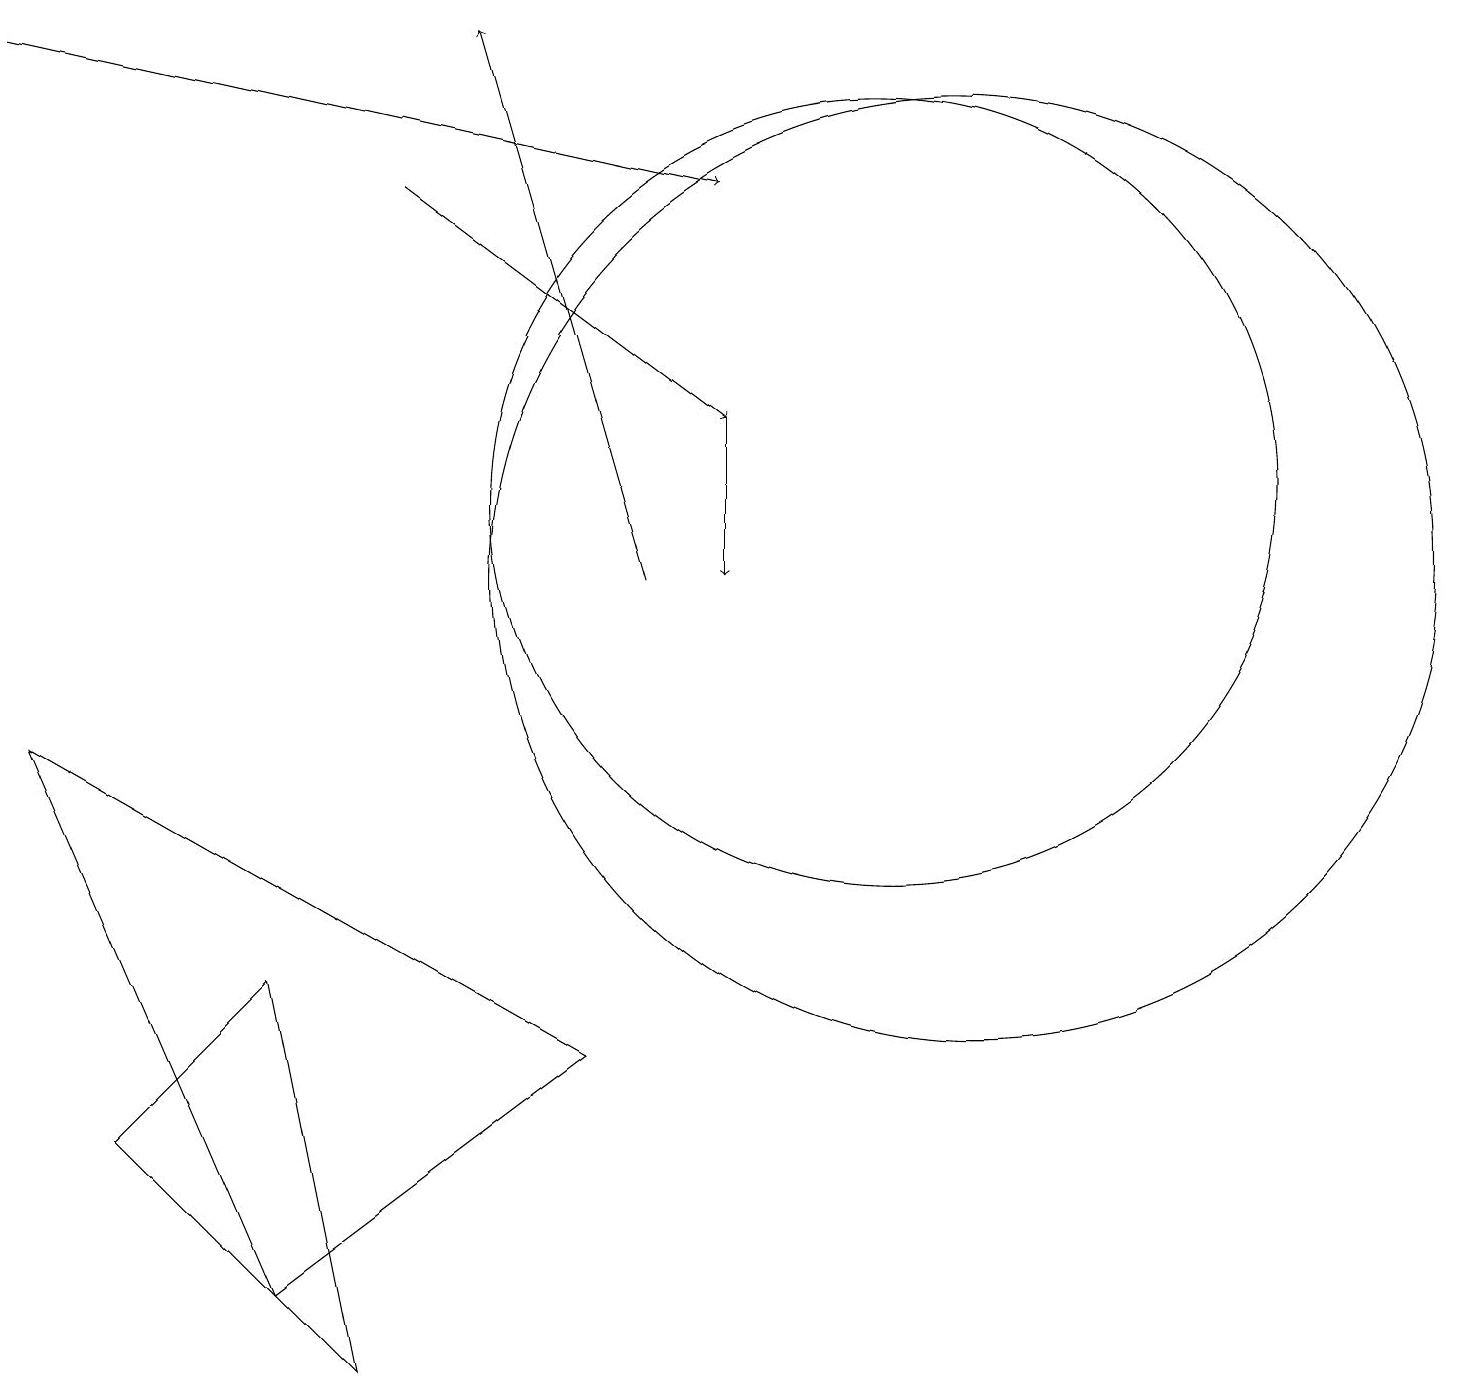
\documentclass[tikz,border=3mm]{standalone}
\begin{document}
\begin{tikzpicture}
\draw (12,10) circle (6);
\draw (11,11) circle (5);
\draw (1,3) -- (3,5) -- (4,0) -- cycle;
\draw[->] (0,17) -- (9,15);
\draw[->] (8,10) -- (6,17);
\draw[->] (9,12) -- (9,10);
\draw (7,4) -- (0,8) -- (3,1) -- cycle;
\draw[->] (5,15) -- (9,12);
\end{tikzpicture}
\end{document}